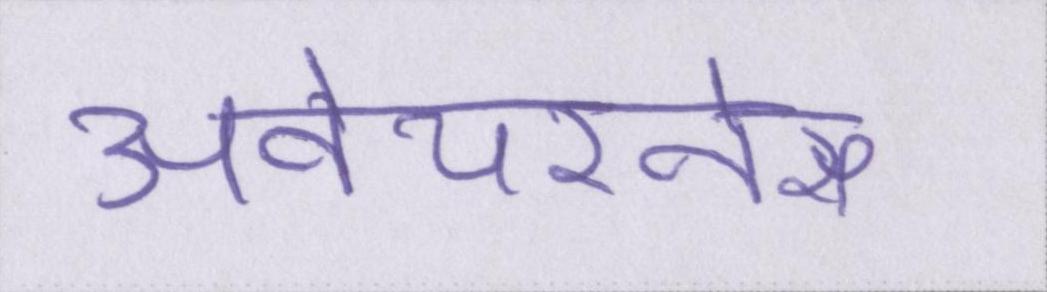
अवेयरनेस